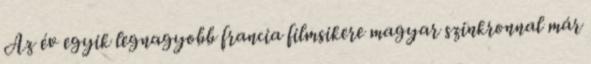
Az év egyik legnagyobb francia filmsikere magyar szinkronnal már